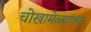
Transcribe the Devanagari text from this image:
चोखामेळ्यांच्या